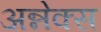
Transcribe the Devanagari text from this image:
अन्नेक्स